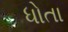
ધોતા